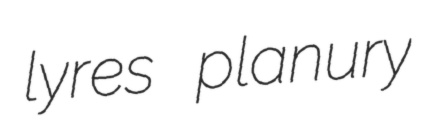
lyres planury